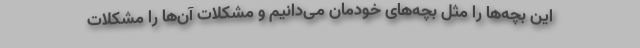
این بچه‌ها را مثل بچه‌های خودمان می‌دانیم و مشکلات آن‌ها را مشکلات